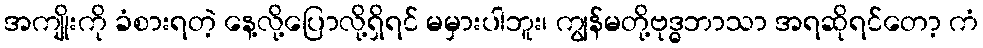
အကျိုးကို ခံစားရတဲ့ နေ့လို့ပြောလို့ရှိရင် မမှားပါဘူး၊ ကျွန်မတို့ဗုဒ္ဓဘာသာ အရဆိုရင်တော့ ကံ